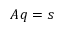
A q = s